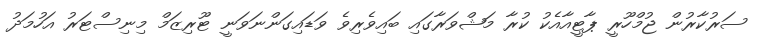
ސަރުކާރުން ޖުމްހޫރީ ޕާޓީއާއެކު ކުރާ މަޝްވަރާގައި ބައިވެރިވެ ވަޑައިގަންނަވަނީ ޓޫރިޒަމް މިނިސްޓަރު އަހުމަދު